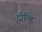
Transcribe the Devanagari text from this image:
दीन्हि